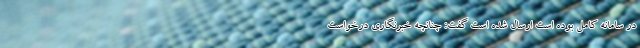
در سامانه کامل بوده است ارسال شده است گفت: چنانچه خبرنگاری درخواست